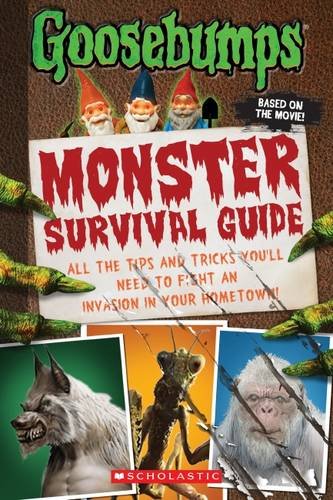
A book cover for Goosebumps The Movie: Monster Survival Guide; Susan Lurie; Children's Books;